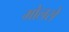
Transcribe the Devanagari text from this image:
मोलसे